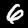
Label: 6